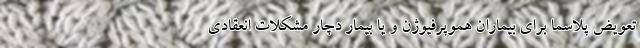
تعویض پلاسما برای بیماران هموپرفیوژن و یا بیمار دچار مشکلات انعقادی